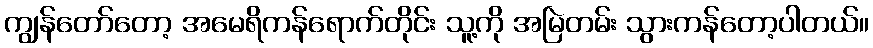
ကျွန်တော်တော့ အမေရိကန်ရောက်တိုင်း သူ့ကို အမြဲတမ်း သွားကန်တော့ပါတယ်။